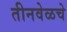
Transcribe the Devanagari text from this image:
तीनवेळचे